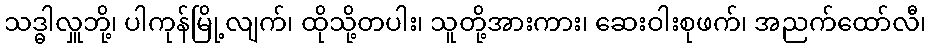
သဒ္ဓါလှူဘို့၊ ပါကုန်မြို့လျက်၊ ထိုသို့တပါး၊ သူတို့အားကား၊ ဆေးဝါးစုဖက်၊ အညက်ထော်လီ၊